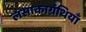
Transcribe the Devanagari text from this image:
लसाकाग्रंथियाँ